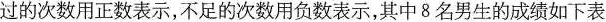
过的次数用正数表示，不足的次数用负数表示，其中8名男生的成绩如下表